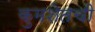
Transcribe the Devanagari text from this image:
कुमशेतची